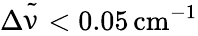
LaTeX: \Delta{\tilde{\upnu}}<0.05\, \mathrm{cm}^{-1}